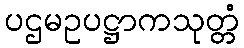
ပဌမဥပဋ္ဌာကသုတ္တံ